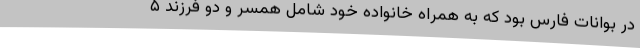
در بوانات فارس بود که به همراه خانواده خود شامل همسر و دو فرزند ۵